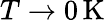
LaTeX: T\rightarrow 0\, \mathrm{K}